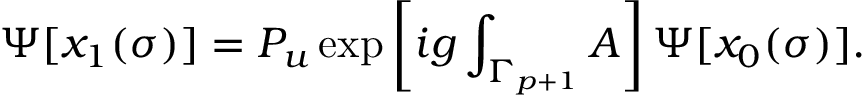
\Psi [ x _ { 1 } ( \sigma ) ] = P _ { u } \exp \left[ i g \int _ { \Gamma _ { p + 1 } } A \right] \Psi [ x _ { 0 } ( \sigma ) ] .